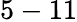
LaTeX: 5-11